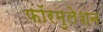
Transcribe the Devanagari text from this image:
फॉरमुलेशन